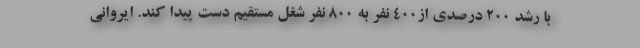
با رشد ۲۰۰ درصدی از400 نفر به 800 نفر شغل مستقیم دست پیدا کند. ایروانی